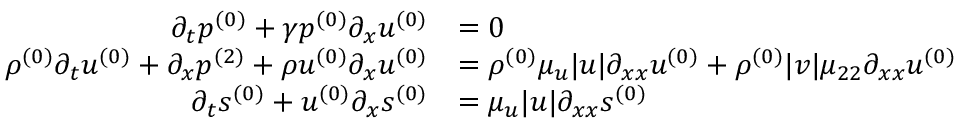
\begin{array} { r l } { \partial _ { t } \ensuremath { p ^ { ( 0 ) } } + \gamma \ensuremath { p ^ { ( 0 ) } } \partial _ { x } \ensuremath { u ^ { ( 0 ) } } } & { = 0 } \\ { \ensuremath { \rho ^ { ( 0 ) } } \partial _ { t } \ensuremath { u ^ { ( 0 ) } } + \partial _ { x } \ensuremath { p ^ { ( 2 ) } } + \ensuremath { \rho u ^ { ( 0 ) } } \partial _ { x } \ensuremath { u ^ { ( 0 ) } } } & { = \ensuremath { \rho ^ { ( 0 ) } } \mu _ { u } | u | \partial _ { x x } \ensuremath { u ^ { ( 0 ) } } + \ensuremath { \rho ^ { ( 0 ) } } | v | \mu _ { 2 2 } \partial _ { x x } \ensuremath { u ^ { ( 0 ) } } } \\ { \partial _ { t } \ensuremath { s ^ { ( 0 ) } } + \ensuremath { u ^ { ( 0 ) } } \partial _ { x } \ensuremath { s ^ { ( 0 ) } } } & { = \mu _ { u } | u | \partial _ { x x } \ensuremath { s ^ { ( 0 ) } } } \end{array}